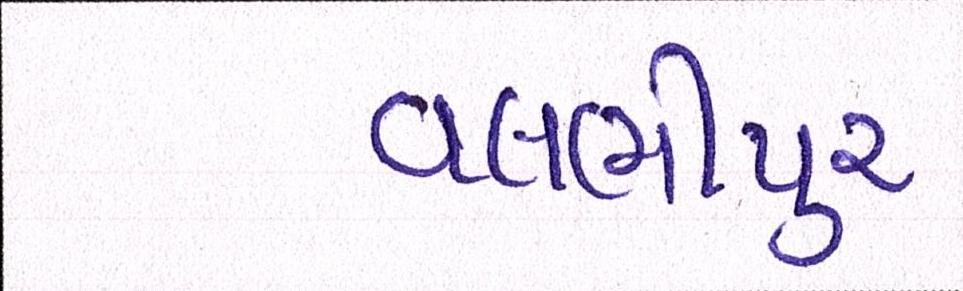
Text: વલભીપુર